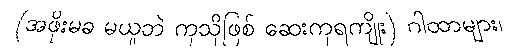
(အဖိုးမခ မယူဘဲ ကုသိုဖြစ် ဆေးကုရကျိုး) ဂါထာများ၊